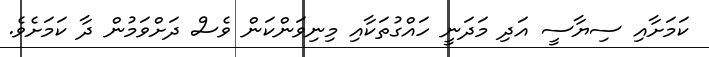
ކަމަށާއި ސިޔާސީ އަދި މަދަނީ ހައްގުތަކާއި މިނިވަންކަން ވެސް ދަށްވަމުން ދާ ކަމަށެވެ.